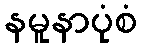
နမူနာပုံစံ